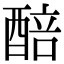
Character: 醅